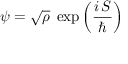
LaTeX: \psi = { \sqrt { \rho } } \; \exp \left( { \frac { i \, S } { \hbar } } \right)